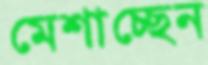
মেশাচ্ছেন